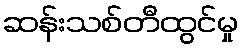
ဆန်းသစ်တီထွင်မှု